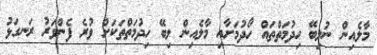
މާލެއިން ނުލިބޭ ހިދުމަތްތައް ހޯދުމަށާއި މާލެއިން ލިބޭ ހިދުމަތްތަކަށް ވުރެ ފެންވަރު ރަނގަޅު